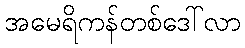
အမေရိကန်တစ်ဒေါ်လာ